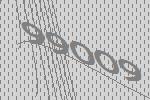
99009